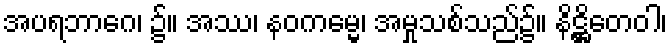
အပရဘာဂေ၊ ၌။ အဿ၊ နဝကမ္မေ၊ အမှုသစ်သည်၌။ နိဋ္ဌိတေဝါ၊